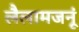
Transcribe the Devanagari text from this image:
लैलामजनूं